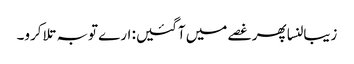
زیبالنسا پھر غصے میں آگئیں: ارے توبہ تلا کرو۔